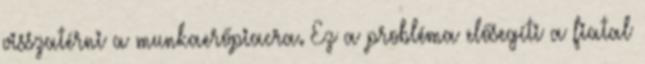
visszatérni a munkaerőpiacra. Ez a probléma elősegíti a fiatal